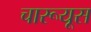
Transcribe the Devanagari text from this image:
चारूयूस